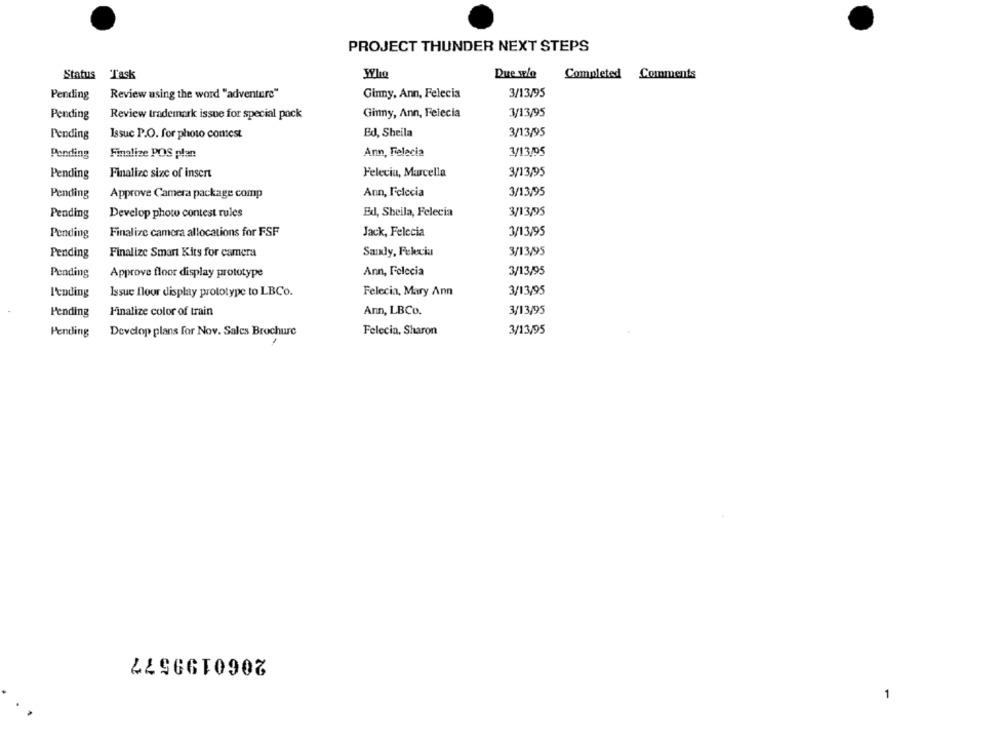
PROJECT THUNDER NEXT STEPS
Status
Task
Who
Due wie
Completed Comments
Pending
Review using the word "adventure"
Ginny, Ann, Felecia
3/13/95
Pending
Review trademark issue for special pack
Ginny, Ann, Felecia
3/13/95
Ed, Sheila
3/13/95
Pending
Issuc P.O. for photo contest
Pending
Finalize POS plan
Ann, Felecia
3/13/05
Pending
Finalize size of insert
Felecia, Marcella
3/13/95
Pending
Ann, l'clecia
3/13/95
Approve Camera package comp
Pending
Develop phow contest rules
Ed, Sheila, Felecia
3/13/95
Pending
Finalize camera allocations for FSF
Jack, Felecia
3/13/95
Sandy, Felecia
3/13/95
Pending
Finalize Smart Kits for camera
Pending
Ann, Felecia
3/13/95
Approve floor display prototype
I'coding
Issue flour display prototype to LBCo.
Felecia, Mary Ann
3/13/95
Finalize color of train
Ann, LBCo.
3/13/95
Pending
Pending
Develop plans for Nov. Sales Brochure
Felecia, Sharon
3/13/95
2060199577